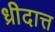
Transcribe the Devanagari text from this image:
ध्रीदात्त